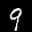
Label: 9